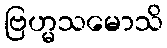
ဗြဟ္မသမောသိ